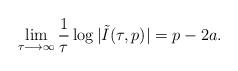
LaTeX: \begin{align*}\displaystyle\lim_{\tau\longrightarrow\infty}\frac{1}{\tau}\log\vert \tilde{I}(\tau,p)\vert=p-2a.\end{align*}